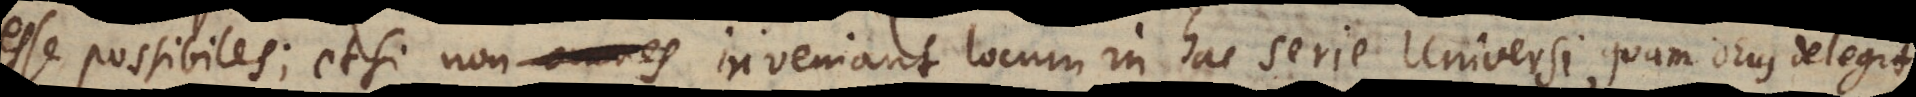
esse possibiles; etsi non omnes inveniant locum in hac serie Universi, quam Deus delegit